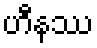
ဟီနဿ